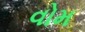
વોમ